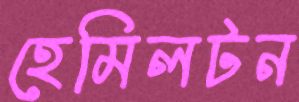
হেমিলটন